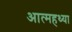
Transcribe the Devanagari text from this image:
आत्महथ्या